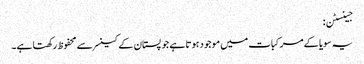
جینسٹن:
یہ سویا کے مرکبات میں موجود ہوتا ہے جو پستان کے کینسر سے محفوظ رکھتا ہے۔